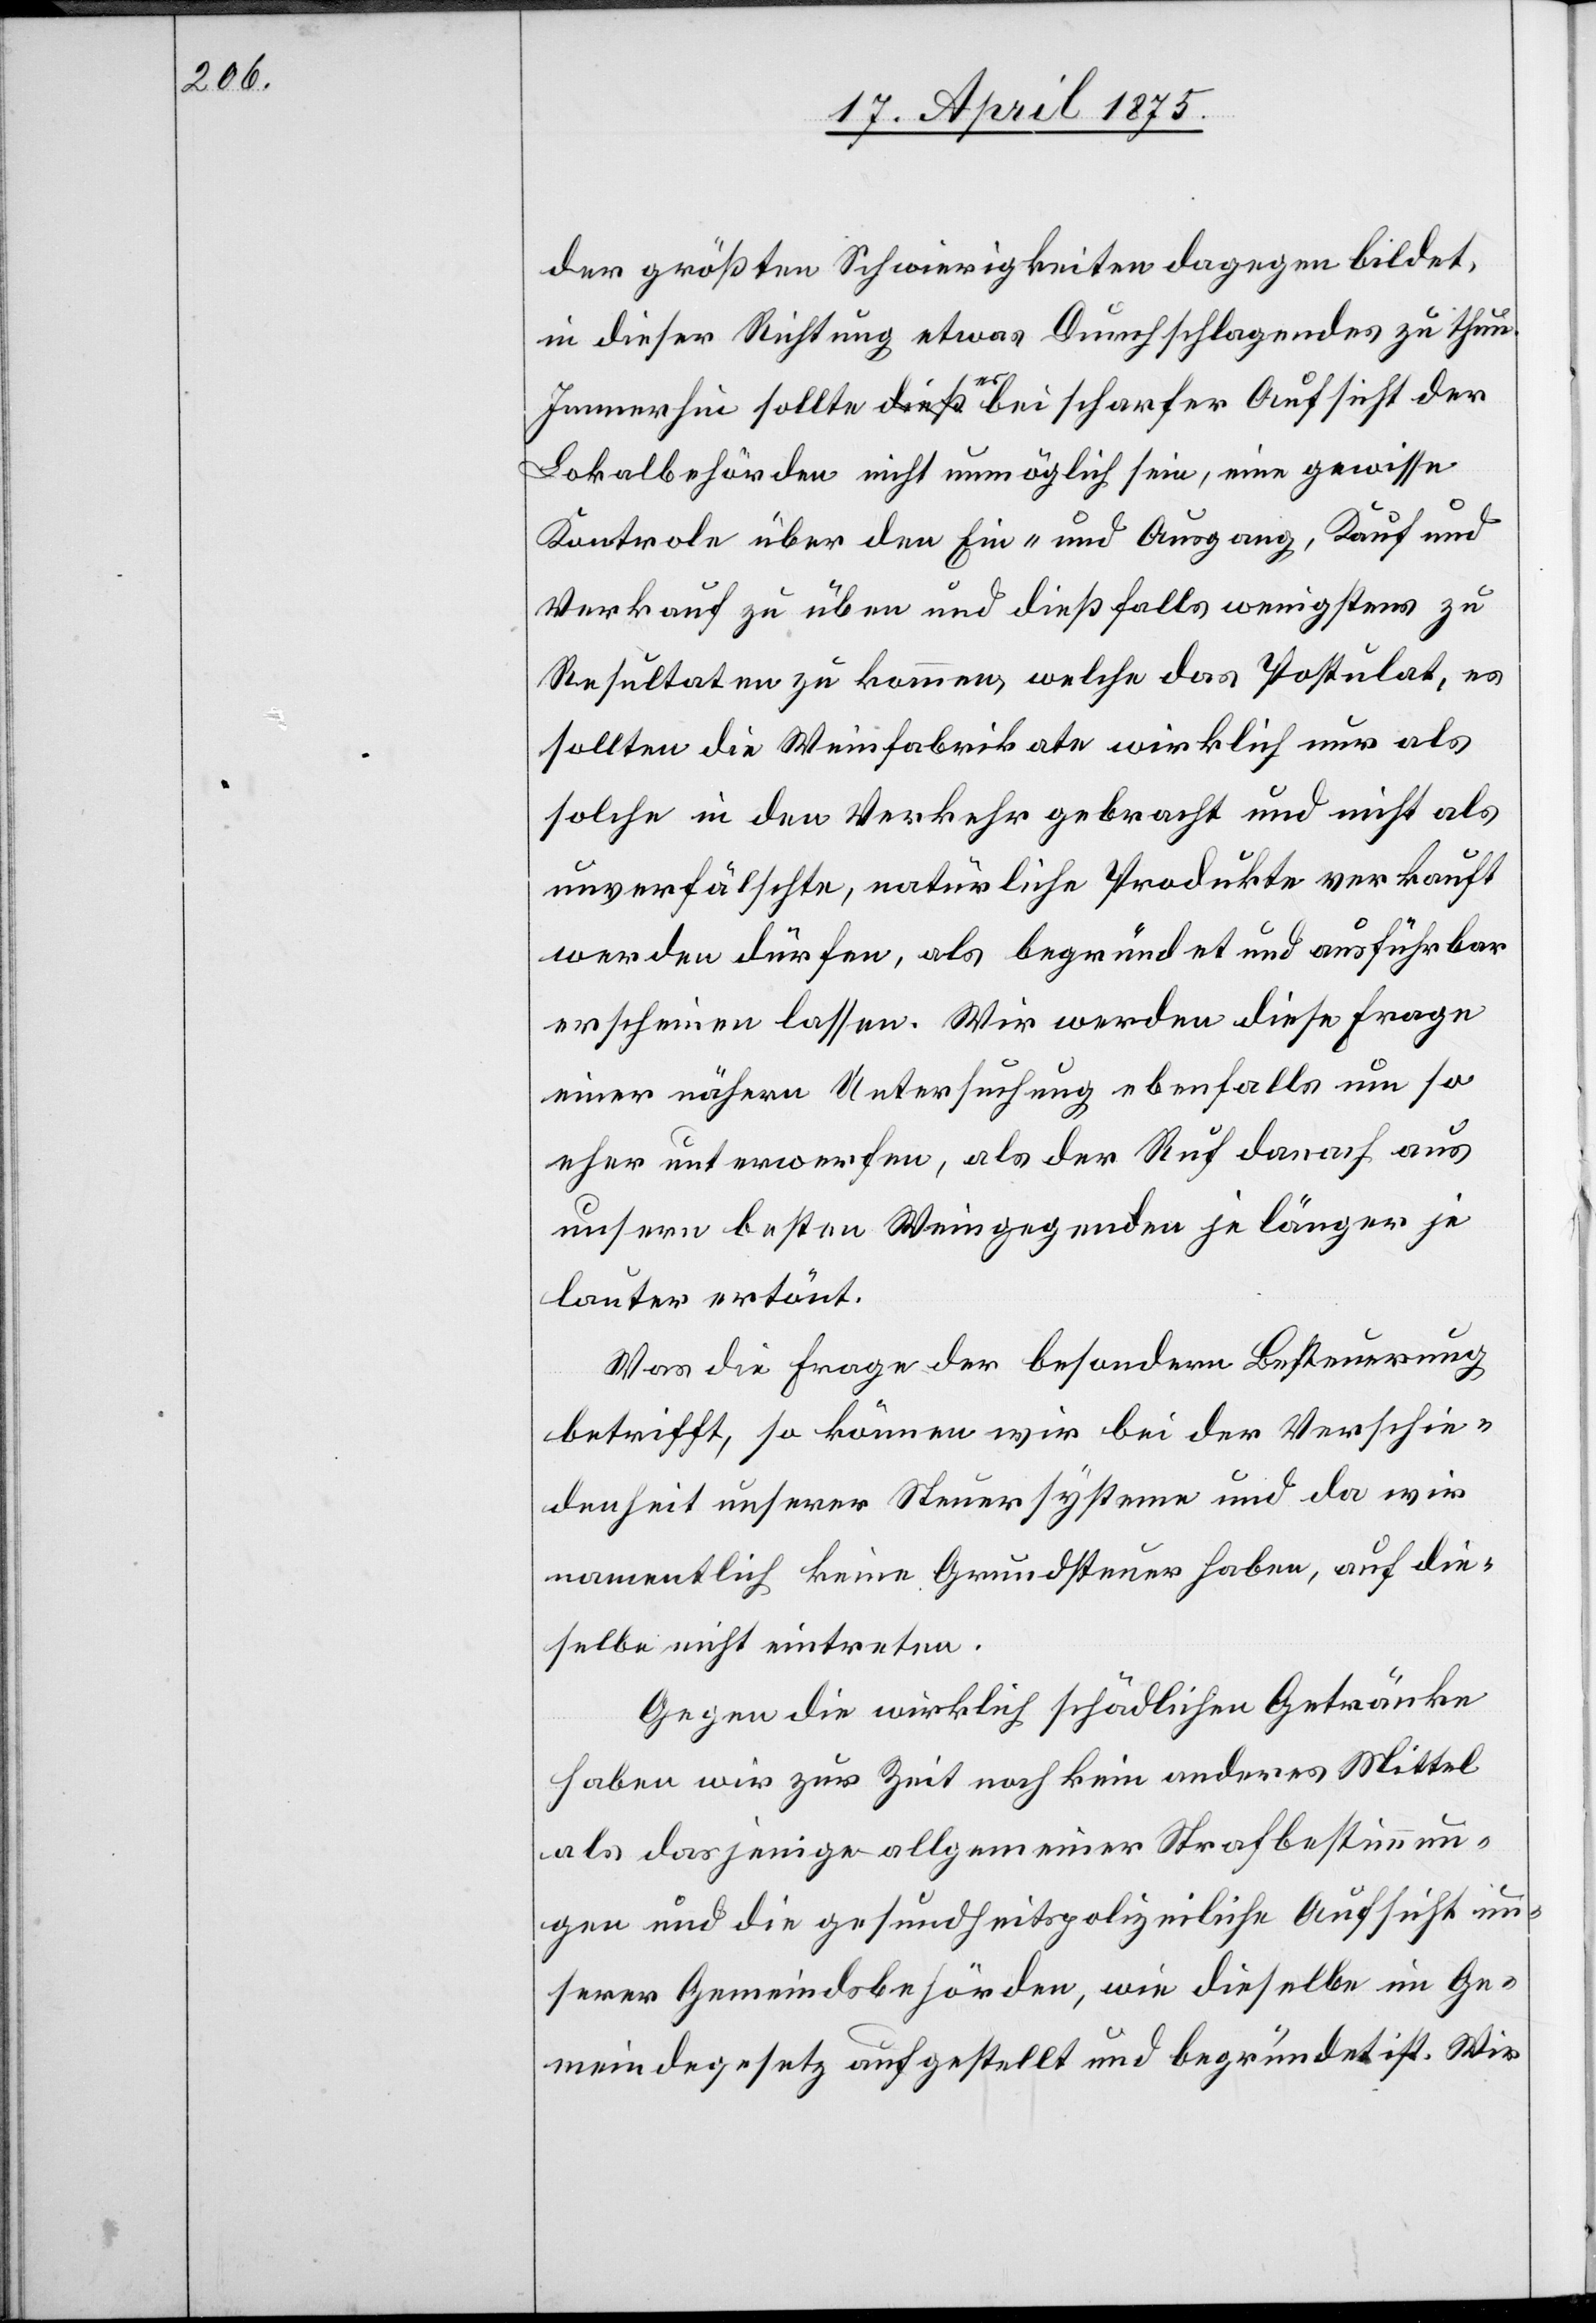
der größten Schwierigkeiten dagegen bildet,
in dieser Richtung etwas Durchschlagendes zu thun.
Immerhin sollte es-bei scharfer Aufsicht der
Lokalbehörde nicht unmöglich sein, eine gewisse
Kontrole über den Ein- und Ausgang, Kauf und
Verkauf zu üben und dießfalls wenigstens zu
Resultaten zu kommen, welche das Postulat, es
sollten die Weinfabrikate wirklich nur als
solche in den Verkehr gebracht und nicht als
unverfälschte, natürliche Produkte verkauft
werden dürfen, als begründet und ausführbar
erscheinen lassen. Wir werden diese Frage
einer nähern Untersuchung ebenfalls um so
eher unterwerfen, als der Ruf danach aus
unsern besten Weingegenden je länger je
lauter ertönt.
Was die Frage der besondern Besteuerung
betrifft, so können wir bei der Verschie¬
denheit unserer Steuersysteme und da wir
namentlich keine Grundsteuer haben, auf die¬
selbe nicht eintreten.
Gegen die wirklich schädlichen Getränke
haben wir zur Zeit noch kein anderes Mittel
als dasjenige allgemeiner Strafbestimmun¬
gen und die gesundheitspolizeiliche Aufsicht un¬
serer Gemeindsbehörden, wie dieselbe im Ge¬
meindegesetz aufgestellt und begründet ist. Wir